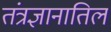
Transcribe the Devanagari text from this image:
तंत्रज्ञानातिल